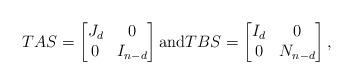
LaTeX: \begin{align*}TAS = \begin{bmatrix} J_d & 0 \\ 0 & I_{n-d}\end{bmatrix} {\rm and} TBS= \begin{bmatrix} I_d & 0 \\ 0 & N_{n-d}\end{bmatrix},\end{align*}